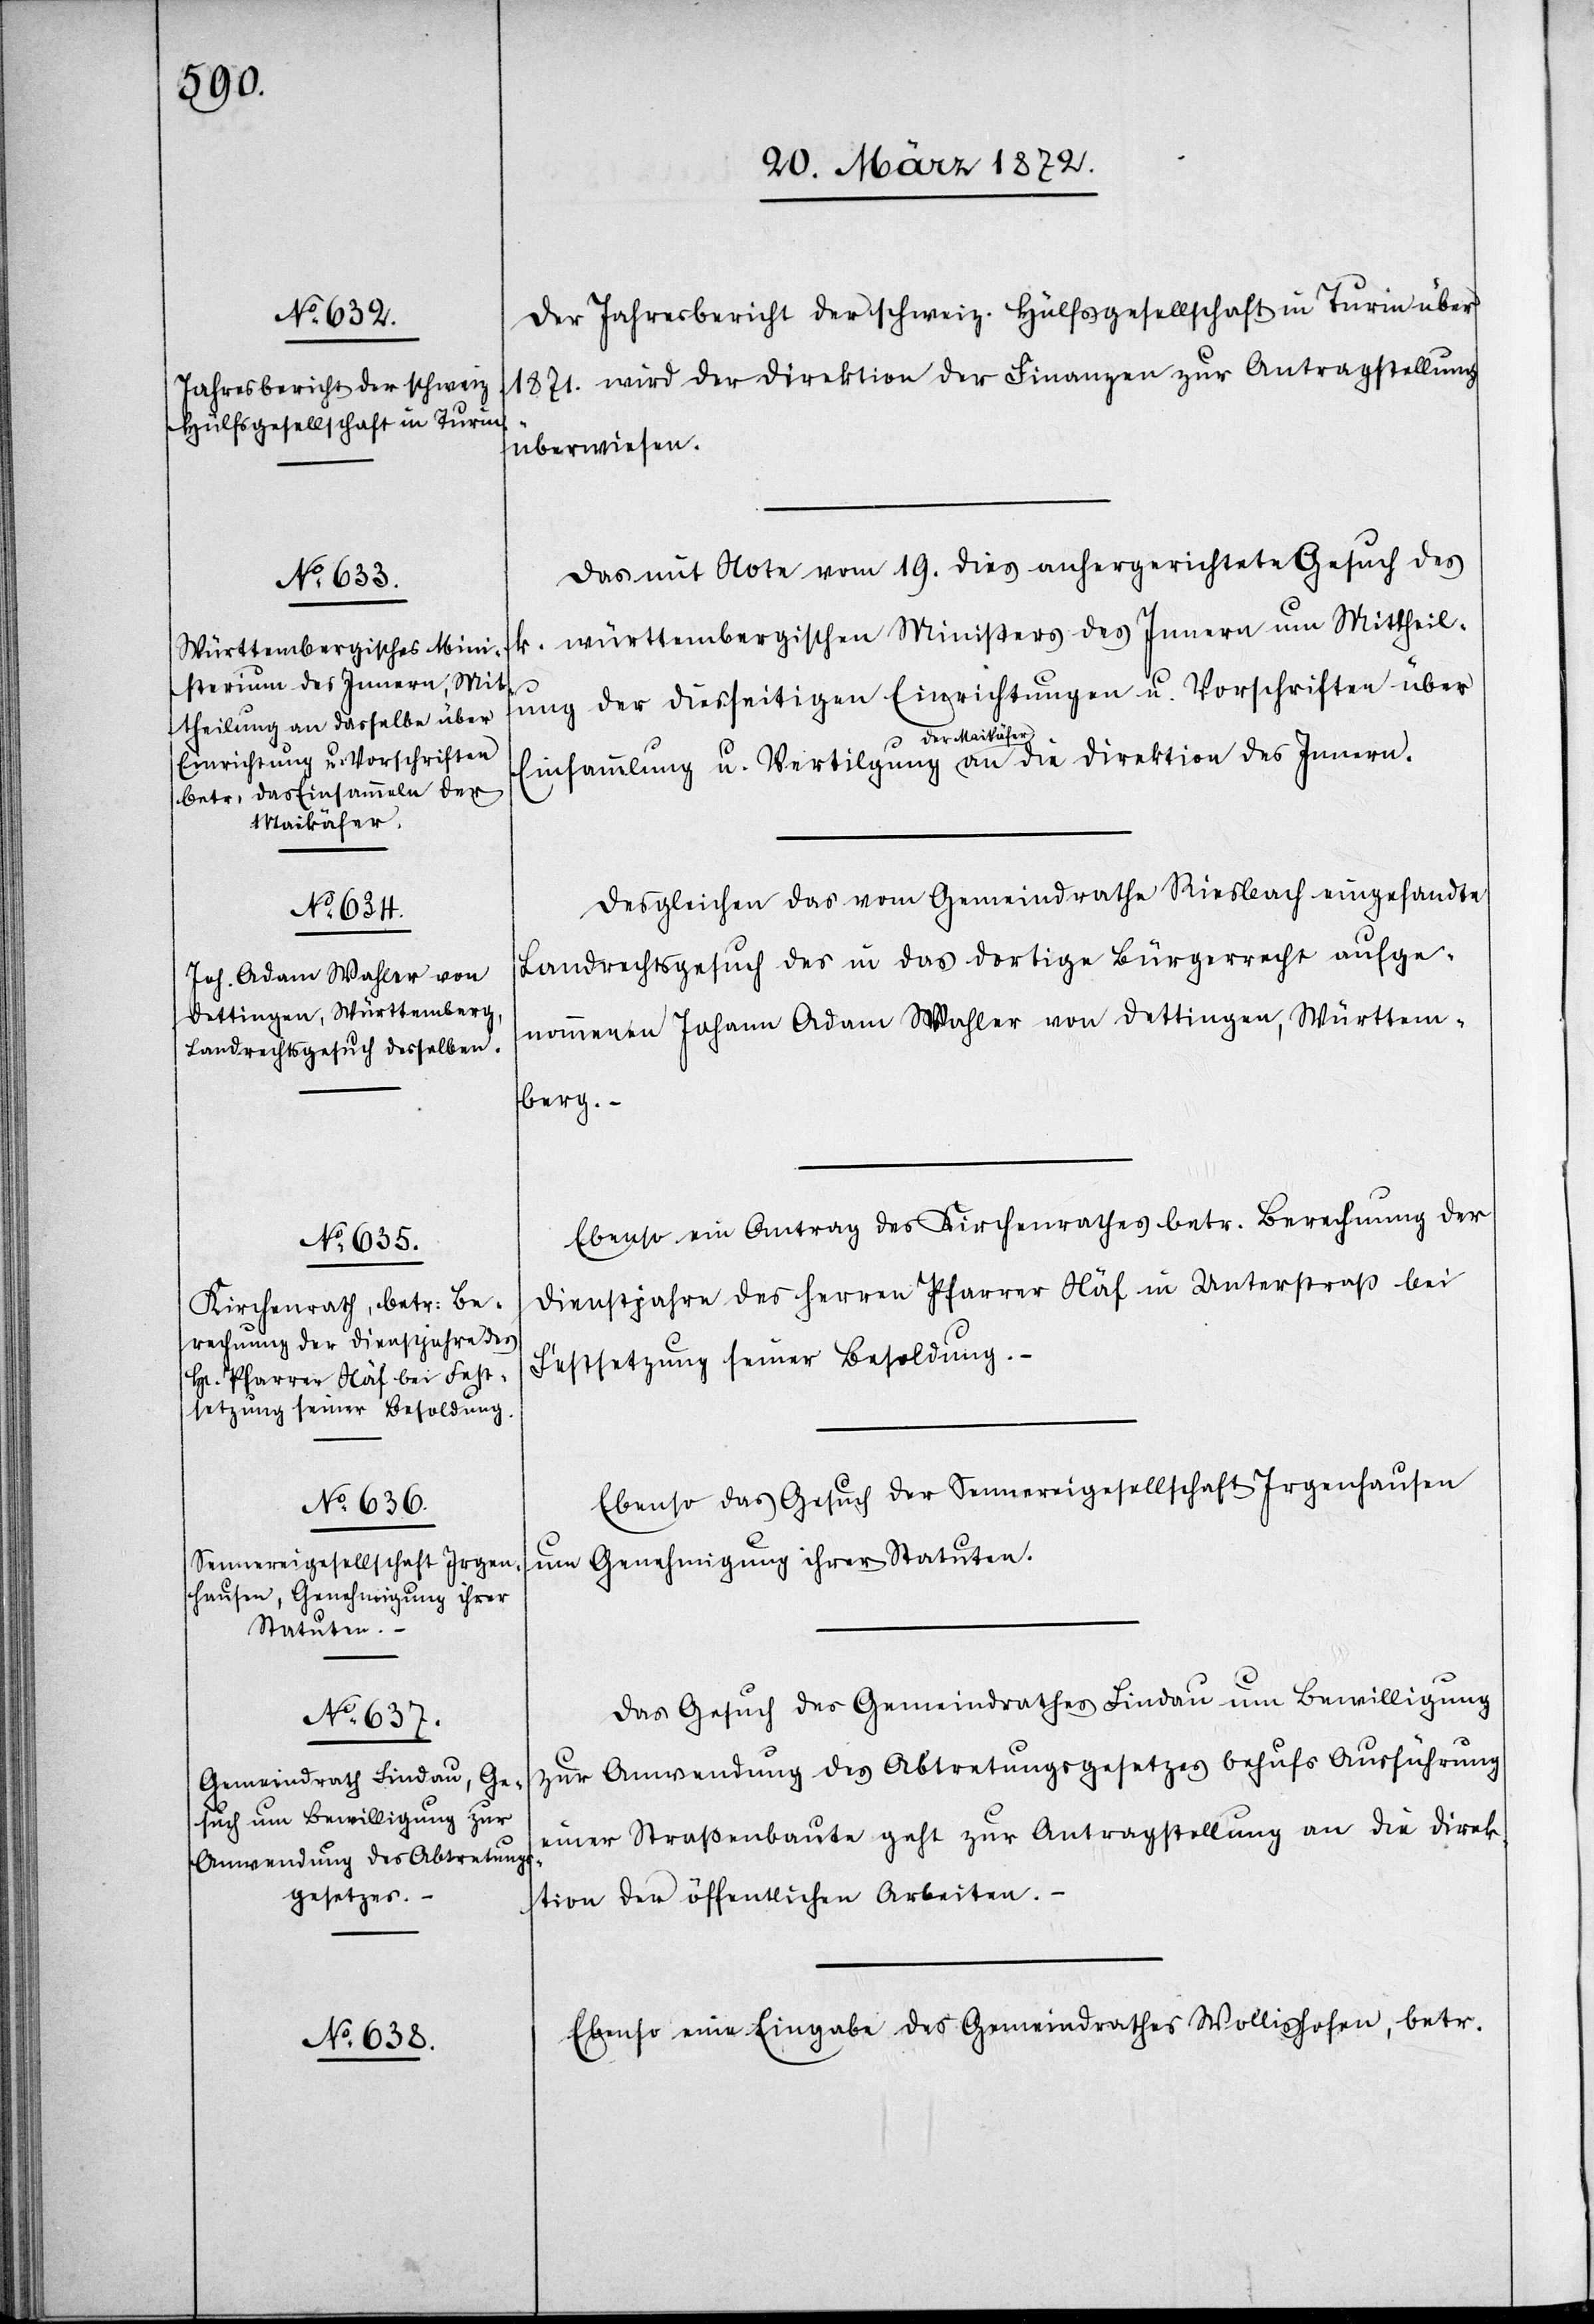
k.

Der Jahresbricht der schweiz. Hülfsgesellschaft in Turin über
1871. wird der Direktion der Finanzen zur Antragstellung
überwiesen.
Das mit Note vom 19. dies anhergerichtete Gesuch des
württembergischen Ministers des Innern um Mittheil¬
ung der diesseitigen Einrichtungen u. Vorschriften über
Einsammlung u. Vertilgung der Maikäfer [geht] an die Direktion des Innern.
Desgleichen das vom Gemeindrathe Riesbach eingesandte
Landrechtsgesuch des in das dortige Bürgerrecht aufge¬
nommenen Johann Adam Wahler von Oettingen, Württem¬
berg. –
Ebenso ein Antrag des Kirchenrathes betr. Berechnung der
Dienstjahre des Herren Pfarrer Näf in Unterstraß bei
Festsetzung seiner Besoldung.
Ebenso das Gesuch der Sennereigesellschaft Irgenhausen
um Genehmigung ihrer Statuten.
Das Gesuch des Gemeindrathes Lindau um Bewilligung
zur Anwendung des Abtretungsgesetzes behufs Ausführung
einer Straßenbaute geht zur Antragstellung an die Direk¬
tion der öffentlichen Arbeiten.
Ebenso eine Eingabe des Gemeindrathes Wollishofen, betr.